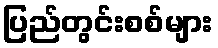
ပြည်တွင်းစစ်များ